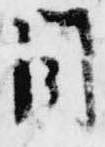
目